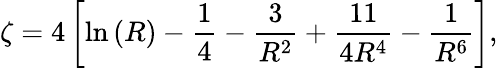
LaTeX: \zeta=4\left[\ln\left(R\right)-\frac{1}{4}-\frac{3}{R^{2}}+\frac{11}{4R^{4}}-\frac{1}{R^{6}}\right],